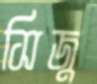
সিজু